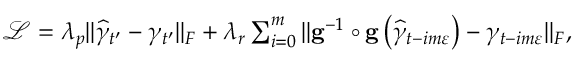
\begin{array} { r } { \mathcal { L } = \lambda _ { p } \Vert \widehat { \gamma } _ { t ^ { \prime } } - \gamma _ { t ^ { \prime } } \Vert _ { F } + \lambda _ { r } \sum _ { i = 0 } ^ { m } \Vert \mathbf { g } ^ { - 1 } \circ \mathbf { g } \left( \widehat { \gamma } _ { t - i m \varepsilon } \right) - \gamma _ { t - i m \varepsilon } \Vert _ { F } , } \end{array}